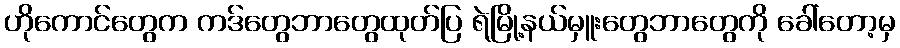
ဟိုကောင်တွေက ကဒ်တွေဘာတွေထုတ်ပြ ရဲမြို့နယ်မှူးတွေဘာတွေကို ခေါ်တော့မှ